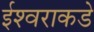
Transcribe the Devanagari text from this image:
ईश्‍वराकडे